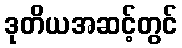
ဒုတိယအဆင့်တွင်